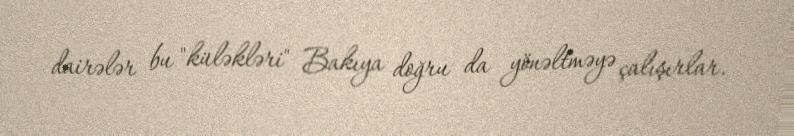
dairələr bu "küləkləri" Bakıya doğru da yönəltməyə çalışırlar.